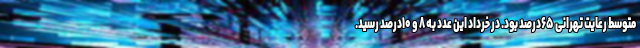
متوسط رعایت تهرانی ۶۵درصد بود. در خرداد این عدد به ۸ و ۱۰درصد رسید.